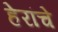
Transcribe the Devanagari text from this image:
हेरांचे